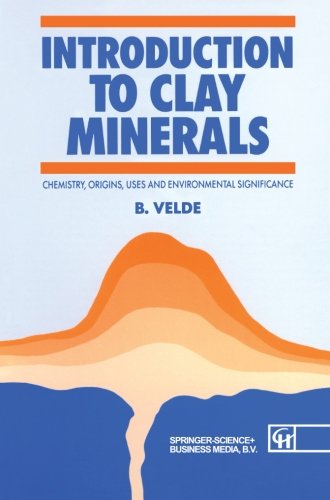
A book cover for Introduction to Clay Minerals: Chemistry, origins, uses and environmental significance (Routledge Geography and Envirmnt); Bruce Velde; Sports & Outdoors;